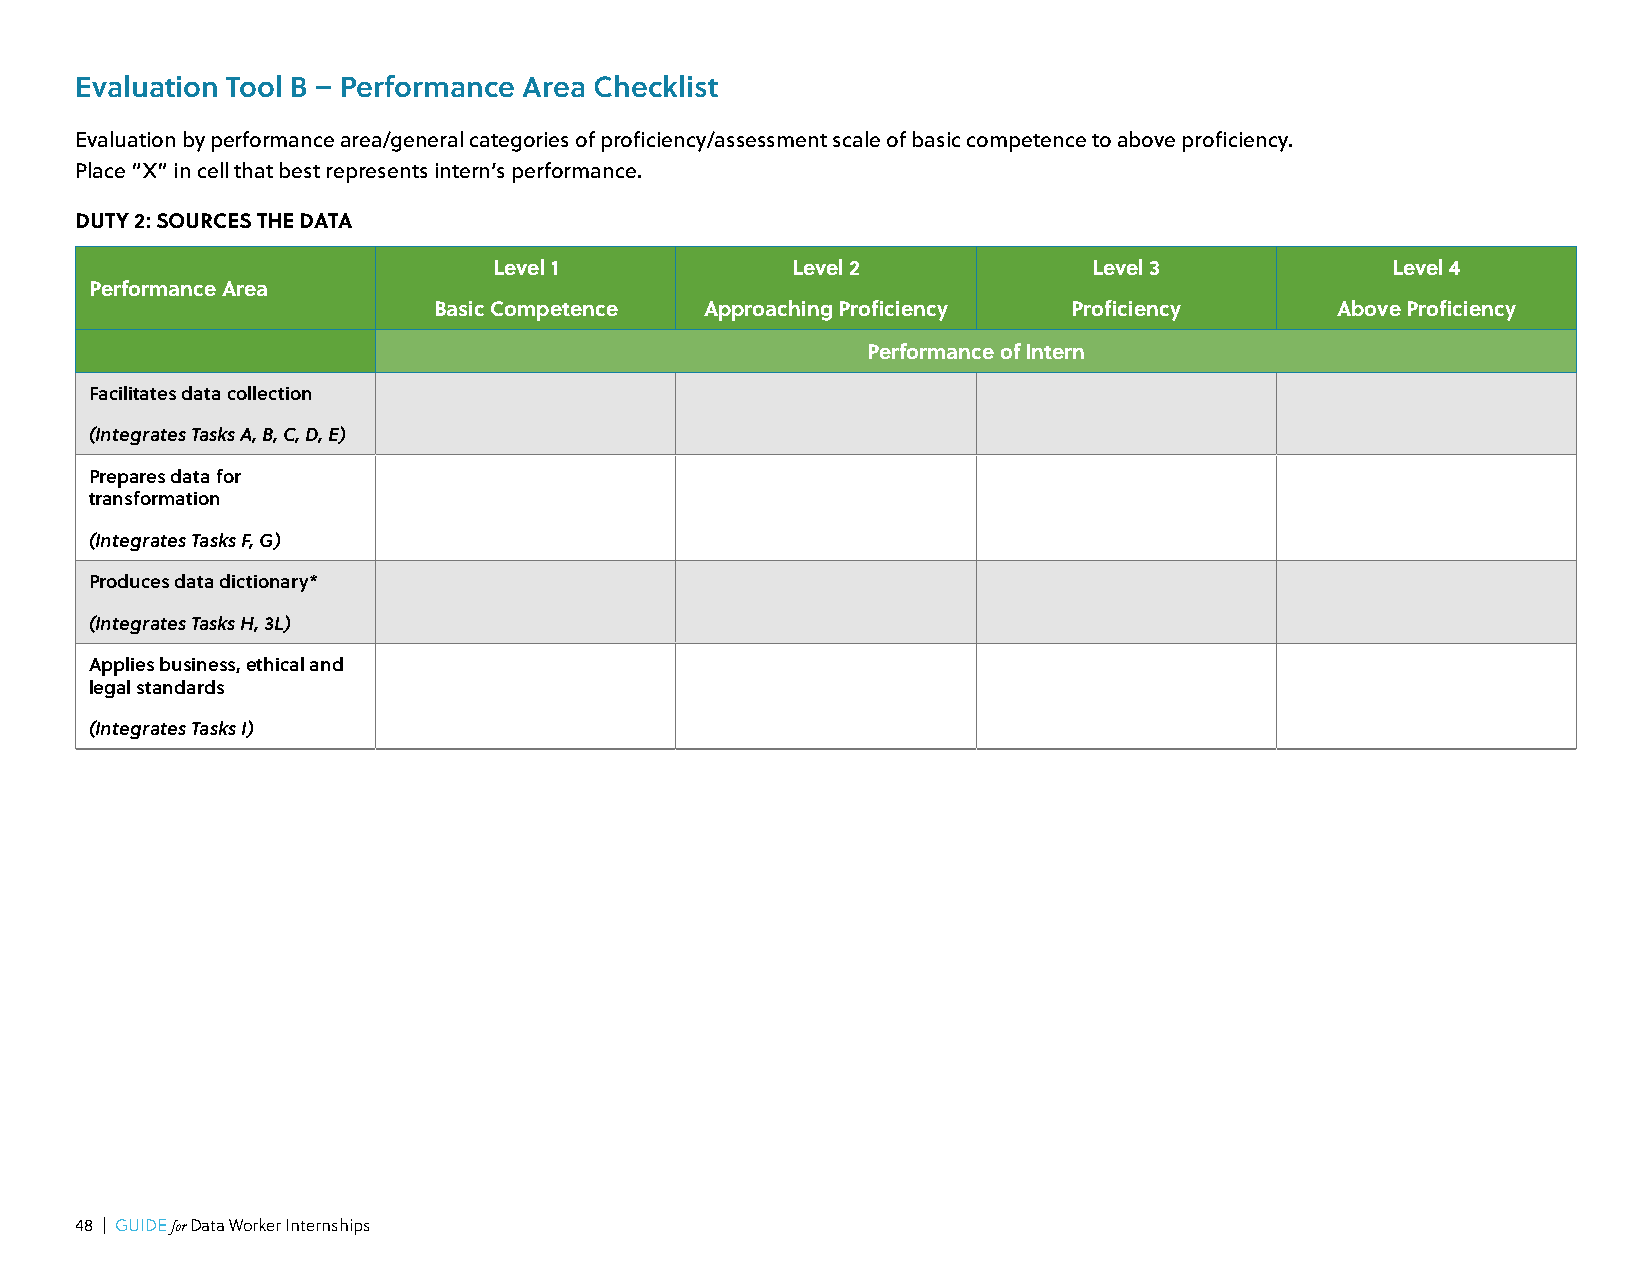
Evaluation Tool B – Performance Area Checklist
 Evaluation by performance area/general categories of proficiency/assessment scale of basic competence to above proficiency.
 Place “X” in cell that best represents intern’s performance.
 DUTY 2: SOURCES THE DATA
 Level 1            Level 2             Level 3             Level 4
 Performance Area
 Basic Competence  Approaching Proficiency Proficiency      Above Proficiency
 Performance of Intern
 Facilitates data collection
 (Integrates Tasks A, B, C, D, E)
 Prepares data for
 transformation
 (Integrates Tasks F, G)
 Produces data dictionary*
 (Integrates Tasks H, 3L)
 Applies business, ethical and
 legal standards
 (Integrates Tasks I)
 48 | GUIDE for Data Worker Internships